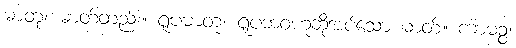
ဓာတု၊ ဓာတ်တည်း။ ရူပဓာတု၊ ရူပဘဝဟုဆိုအပ်သော ဓာတ်။ ကာမဉ္စ၊